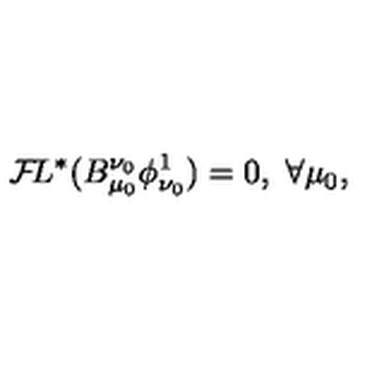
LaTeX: { \cal F } \! L ^ { * } ( B _ { \mu _ { 0 } } ^ { \nu _ { 0 } } \phi _ { \nu _ { 0 } } ^ { 1 } ) = 0 , \ \forall \mu _ { 0 } ,